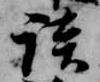
談